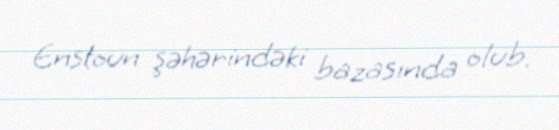
Enstoun şəhərindəki bazasında olub.